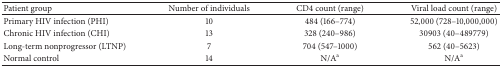
| Patient group | Number of individuals | CD4 count (range) | Viral load count (range) |
 | --- | --- | --- | --- |
 | Primary HIV infection (PHI) | 10 | 484 (166–774) | 52,000 (728–10,000,000) |
 | Chronic HIV infection (CHI) | 13 | 328 (240–986) | 30903 (40–489779) |
 | Long-term nonprogressor (LTNP) | 7 | 704 (547–1000) | 562 (40–5623) |
 | Normal control | 14 | N/Aa | N/Aa |